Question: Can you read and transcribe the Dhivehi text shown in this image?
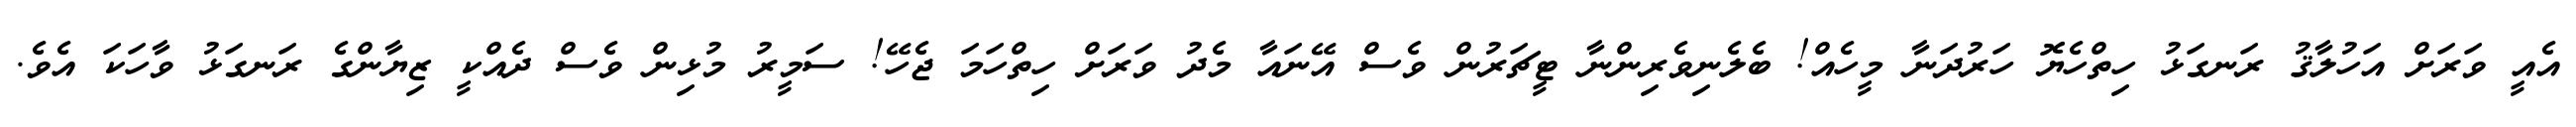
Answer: އެއީ ވަރަށް އަހުލާޤު ރަނގަޅު ހިތްހެޔޮ ހަރުދަނާ މީހެއް! ބެލެނިވެރިންނާ ޓީޗަރުން ވެސް އޭނައާ މެދު ވަރަށް ހިތްހަމަ ޖެހޭ! ސަމީރު މުޅިން ވެސް ދެއްކީ ޒިޔާންގެ ރަނގަޅު ވާހަކަ އެވެ.